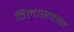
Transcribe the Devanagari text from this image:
विलासवास